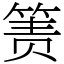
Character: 箦